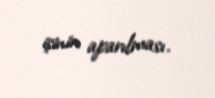
işinin aparılması.